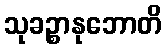
သုခဉ္စာနုဘောတိ